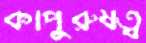
কাপুরুষত্ব